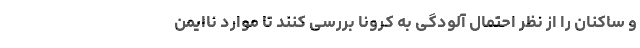
و ساکنان را از نظر احتمال آلودگی به کرونا بررسی کنند تا موارد ناایمن